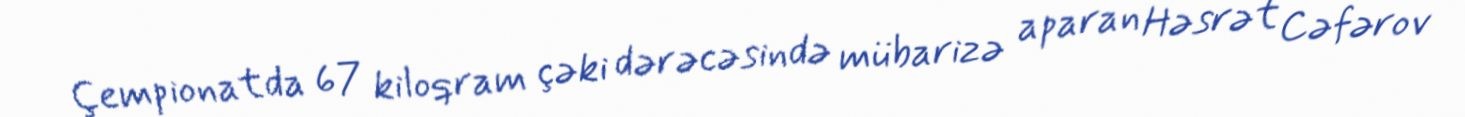
Çempionatda 67 kiloqram çəki dərəcəsində mübarizə aparan Həsrət Cəfərov